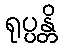
ရုပ္ပန္တိ